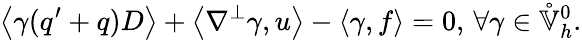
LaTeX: \left\langle\gamma(q^{\prime}+q)D\right\rangle+\left\langle\nabla^{\perp}\gamma,u\right\rangle-\left\langle\gamma,f\right\rangle=0,\, \forall\gamma\in\mathring{\mathbb{V}}_{h}^{0}.